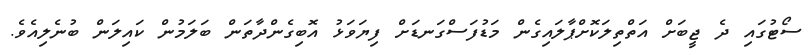
ސޯޓުގައި ދެ ޖީބަށް އަތްތިލަކޮށްޕާލައިގެން މަޑުފަސްގަނޑަށް ފިޔަވަޅު އޮބިގެންދާތަން ބަލަމުން ކައިލަން ބުނެލިއެވެ.